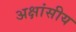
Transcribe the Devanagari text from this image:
अक्षांसीय